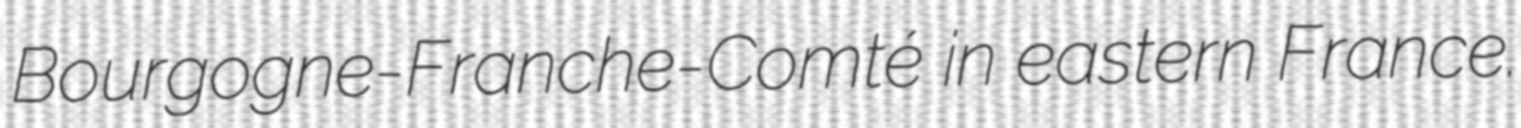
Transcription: Bourgogne-Franche-Comté in eastern France.